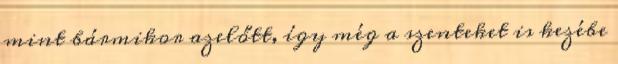
mint bármikor azelőtt, így még a szenteket is kezébe